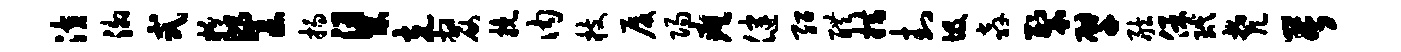
潢泖式粉餐扬梁克嫠挽内枝厦阳瘼健绍醴措封圾奔裂擘舷保玳梵苦